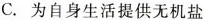
C. 为自身生活提供无机盐